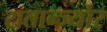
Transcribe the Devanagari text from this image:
रातान्ज्योर